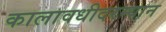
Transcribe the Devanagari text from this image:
कालावधीदरम्यान